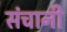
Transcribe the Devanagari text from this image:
संचानी